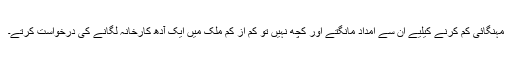
مہنگائی کم کرنے کیلیے ان سے امداد مانگتے اور کچھ نہیں تو کم از کم ملک میں ایک آدھ کارخانہ لگانے کی درخواست کرتے۔